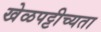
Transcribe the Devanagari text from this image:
खेळपट्टीच्यता